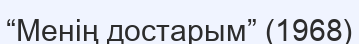
“Менің достарым” (1968)